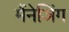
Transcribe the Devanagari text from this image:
मैंनेजिंग